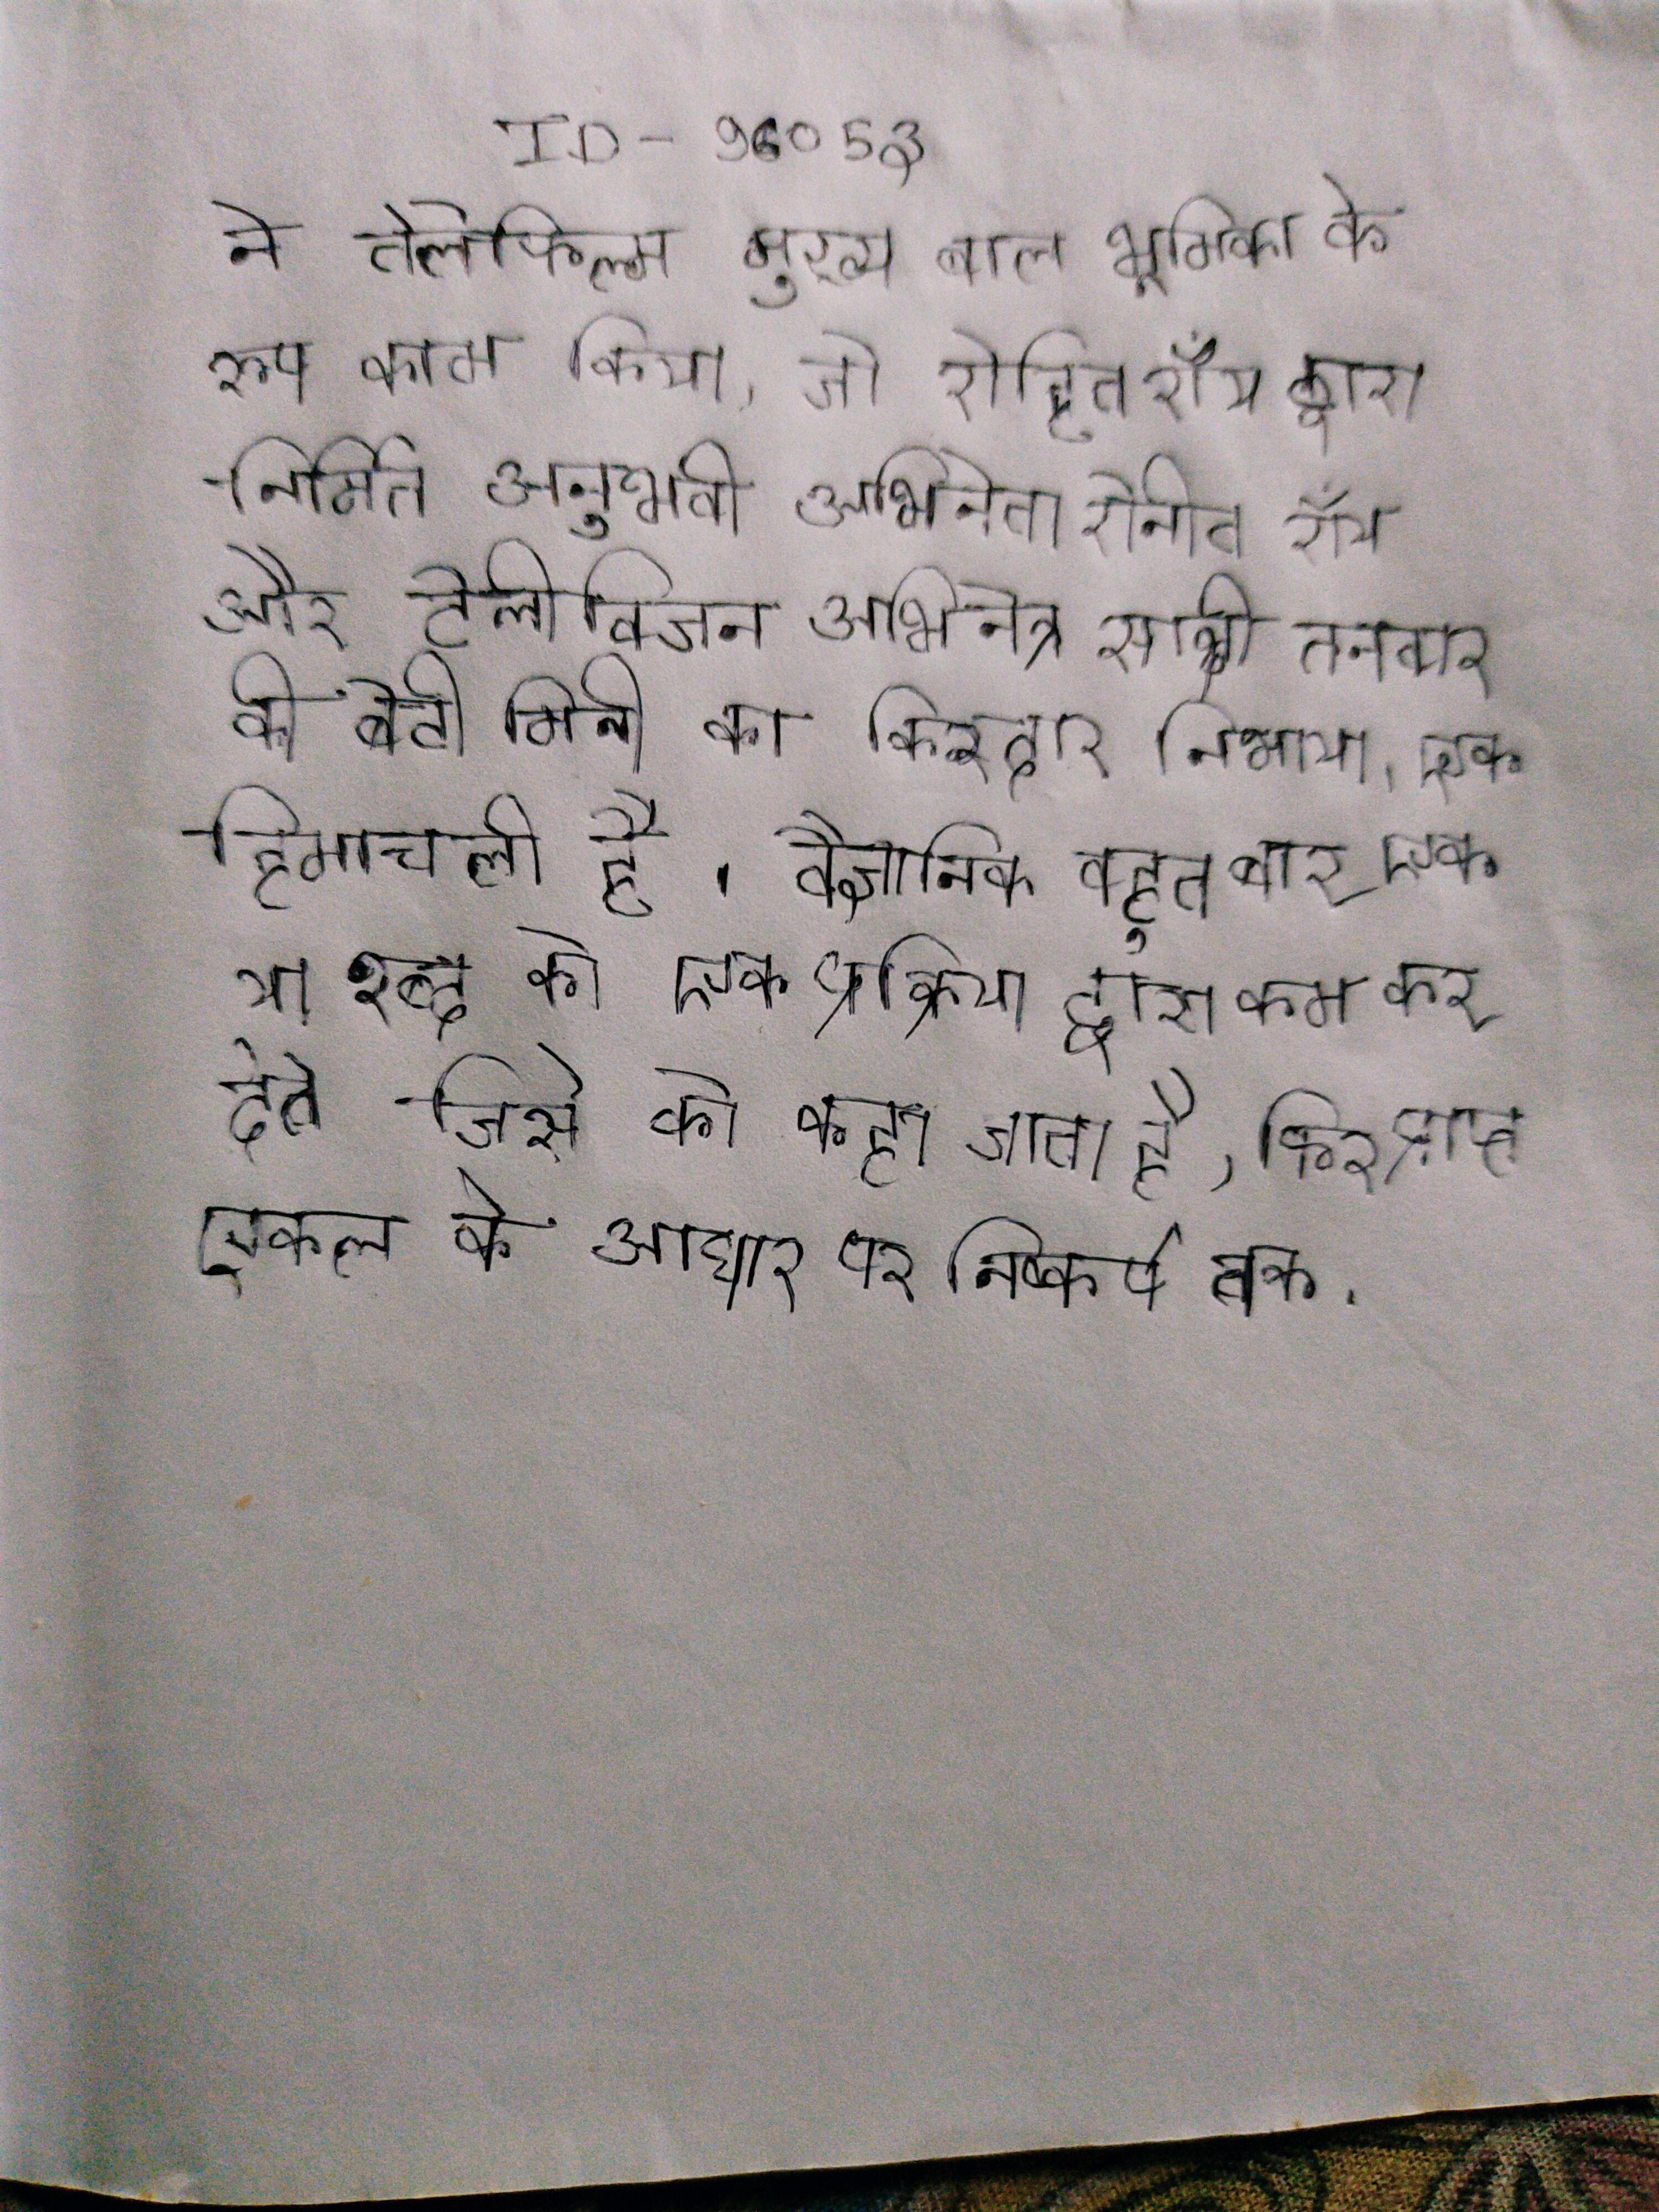
ने तेलेफिल्म मुख्य बाल भूमिका के रूप काम किया, जो रोहित रॉय द्वारा निर्मित अनुभवी अभिनेता रोनीत रॉय और टेलीविजन अभिनेत्री साक्षी तनवार की बेटी मिनी का किरदार निभाया । एक हिमाचली है । वैज्ञानिक बहुत बार एक या शब्द को एक प्रक्रिया द्वारा कम कर देते जिसे को कहा जाता है, फिर प्राप्त एकल के आधार पर निष्कर्ष तक ।